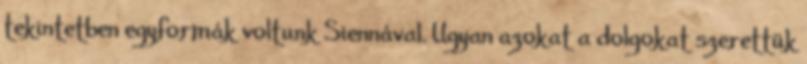
tekintetben egyformák voltunk Siennával. Ugyan azokat a dolgokat szerettük